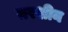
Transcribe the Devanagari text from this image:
ग़रशीन